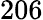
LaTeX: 206